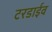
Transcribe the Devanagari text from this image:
टरडाईव